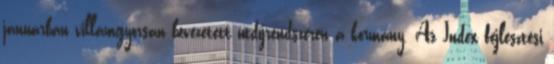
januárban villámgyorsan bevezetett útdíjrendszeren a kormány. Az Index fejlesztési